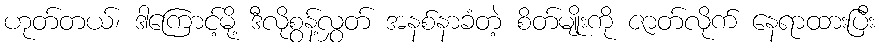
ဟုတ်တယ်၊ ဒါကြောင့်မို့ ဒီလိုစွန့်လွှတ် အနစ်နာခံတဲ့ စိတ်မျိုးကို ဇာတ်လိုက် နေရာထားပြီး